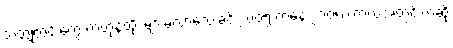
သတ္တုတွင်းတွေ တဟုန်ထိုး များမလာသေးခင် ၂၀၀၅ ကနေ ၂၀၀၈ ကာလအတွင်းကဆို